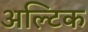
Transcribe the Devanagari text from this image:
अल्टिक